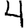
Digit: 4